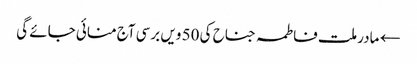
← مادر ملت فاطمہ جناح کی 50 ویں برسی آج منائی جائے گی